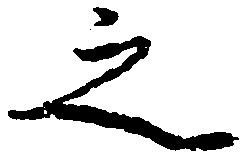
之